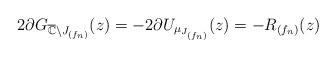
LaTeX: \begin{align*}2\partial G_{\overline{\mathbb{C}}\setminus J_{(f_n)}}(z)= -2\partial U_{\mu_{J_{(f_n)}}}(z)= -R_{(f_n)}(z)\end{align*}